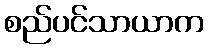
စည်ပင်သာယာက